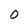
Character: 0